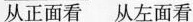
从正面看 从左面看